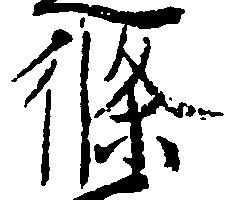
条